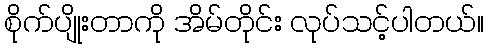
စိုက်ပျိုးတာကို အိမ်တိုင်း လုပ်သင့်ပါတယ်။